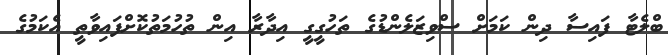
ބްލެޓާ ފައިސާ ދިން ކަމަށް ސްވިޒަލެންޑުގެ ތަހުގީގީ އިދާރާ އިން ތުހުމަތުކޮށްފައިވާތީ އެކަމުގެ